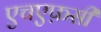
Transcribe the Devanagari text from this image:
एचएफ़सी